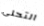
التحلي